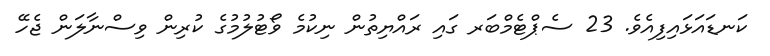
ކަނޑައަޅައިފިއެވެ. 23 ސެޕްޓެމްބަރ ގައި ރައްޔިތުން ނިކުމެ ވޯޓުލުމުގެ ކުރިން ވިސްނާލަން ޖެހޭ